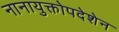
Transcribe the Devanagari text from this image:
नानायुक्तोपदेशेन